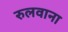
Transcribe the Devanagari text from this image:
रुलवाना